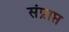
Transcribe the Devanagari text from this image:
संप्राप्त